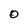
Character: O